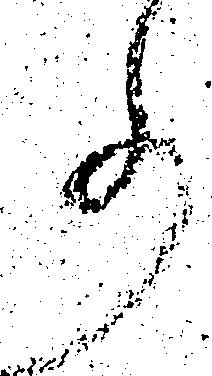
事